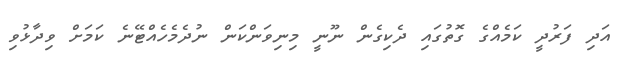
އަދި ފަރުދީ ކަމެއްގެ ގޮތުގައި ދެކިގެން ނޫނީ މިނިވަންކަން ނުދެމެހެއްޓޭނެ ކަމަށް ވިދާޅުވި